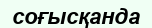
соғысқанда